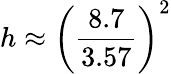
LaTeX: h\approx\left({\frac{8.7}{3.57}}\right)^{2}